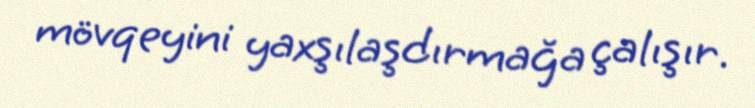
mövqeyini yaxşılaşdırmağa çalışır.